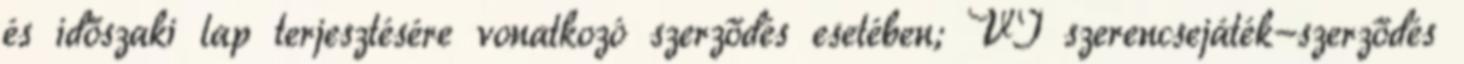
és időszaki lap terjesztésére vonatkozó szerződés esetében; VI szerencsejáték-szerződés